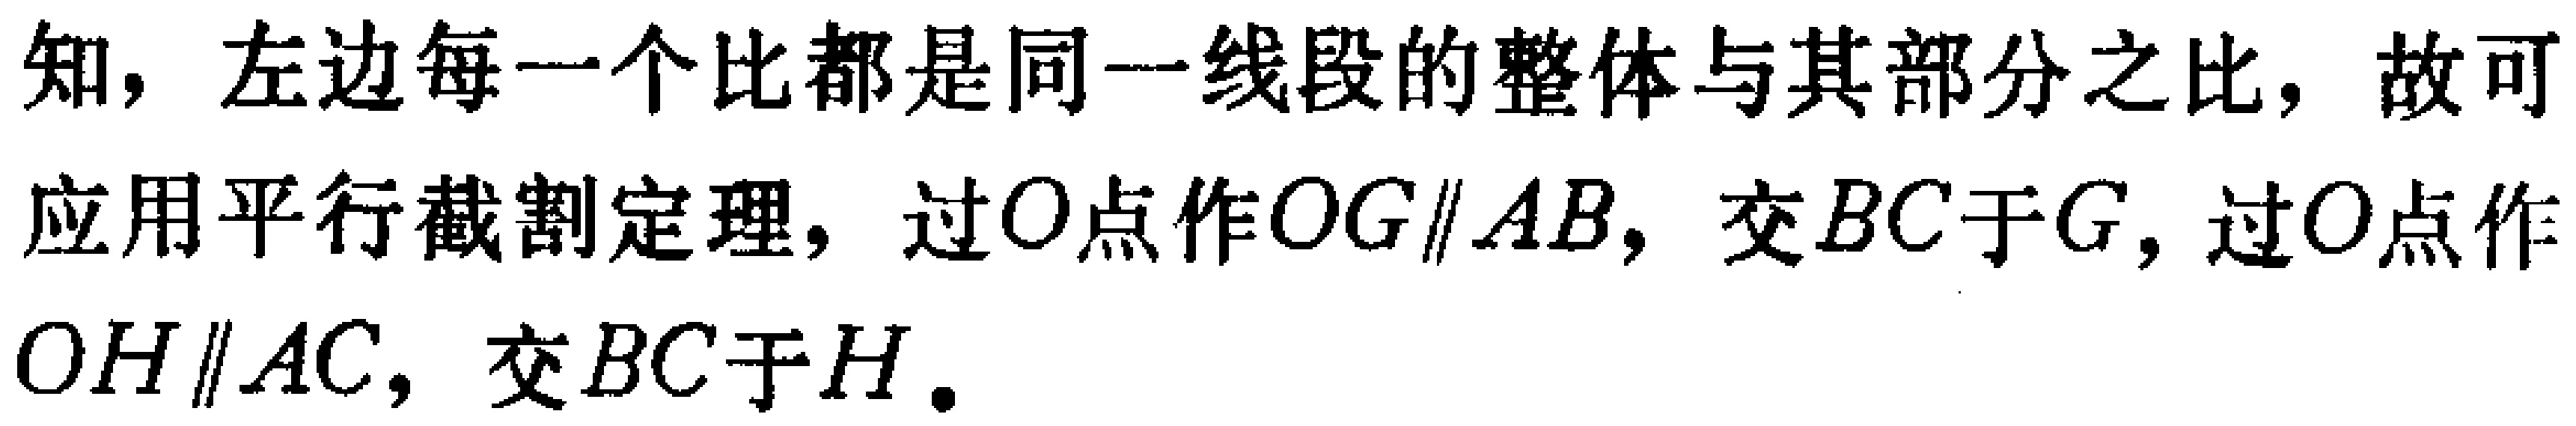
知，左边每一个比都是同一线段的整体与其部分之比，故可

应用平行截割定理，过\(O\)点作\(OG\parallel AB\)，交\(BC\)于\(G\)，过\(O\)点作

\(OH\parallel AC\)，交\(BC\)于\(H\)。